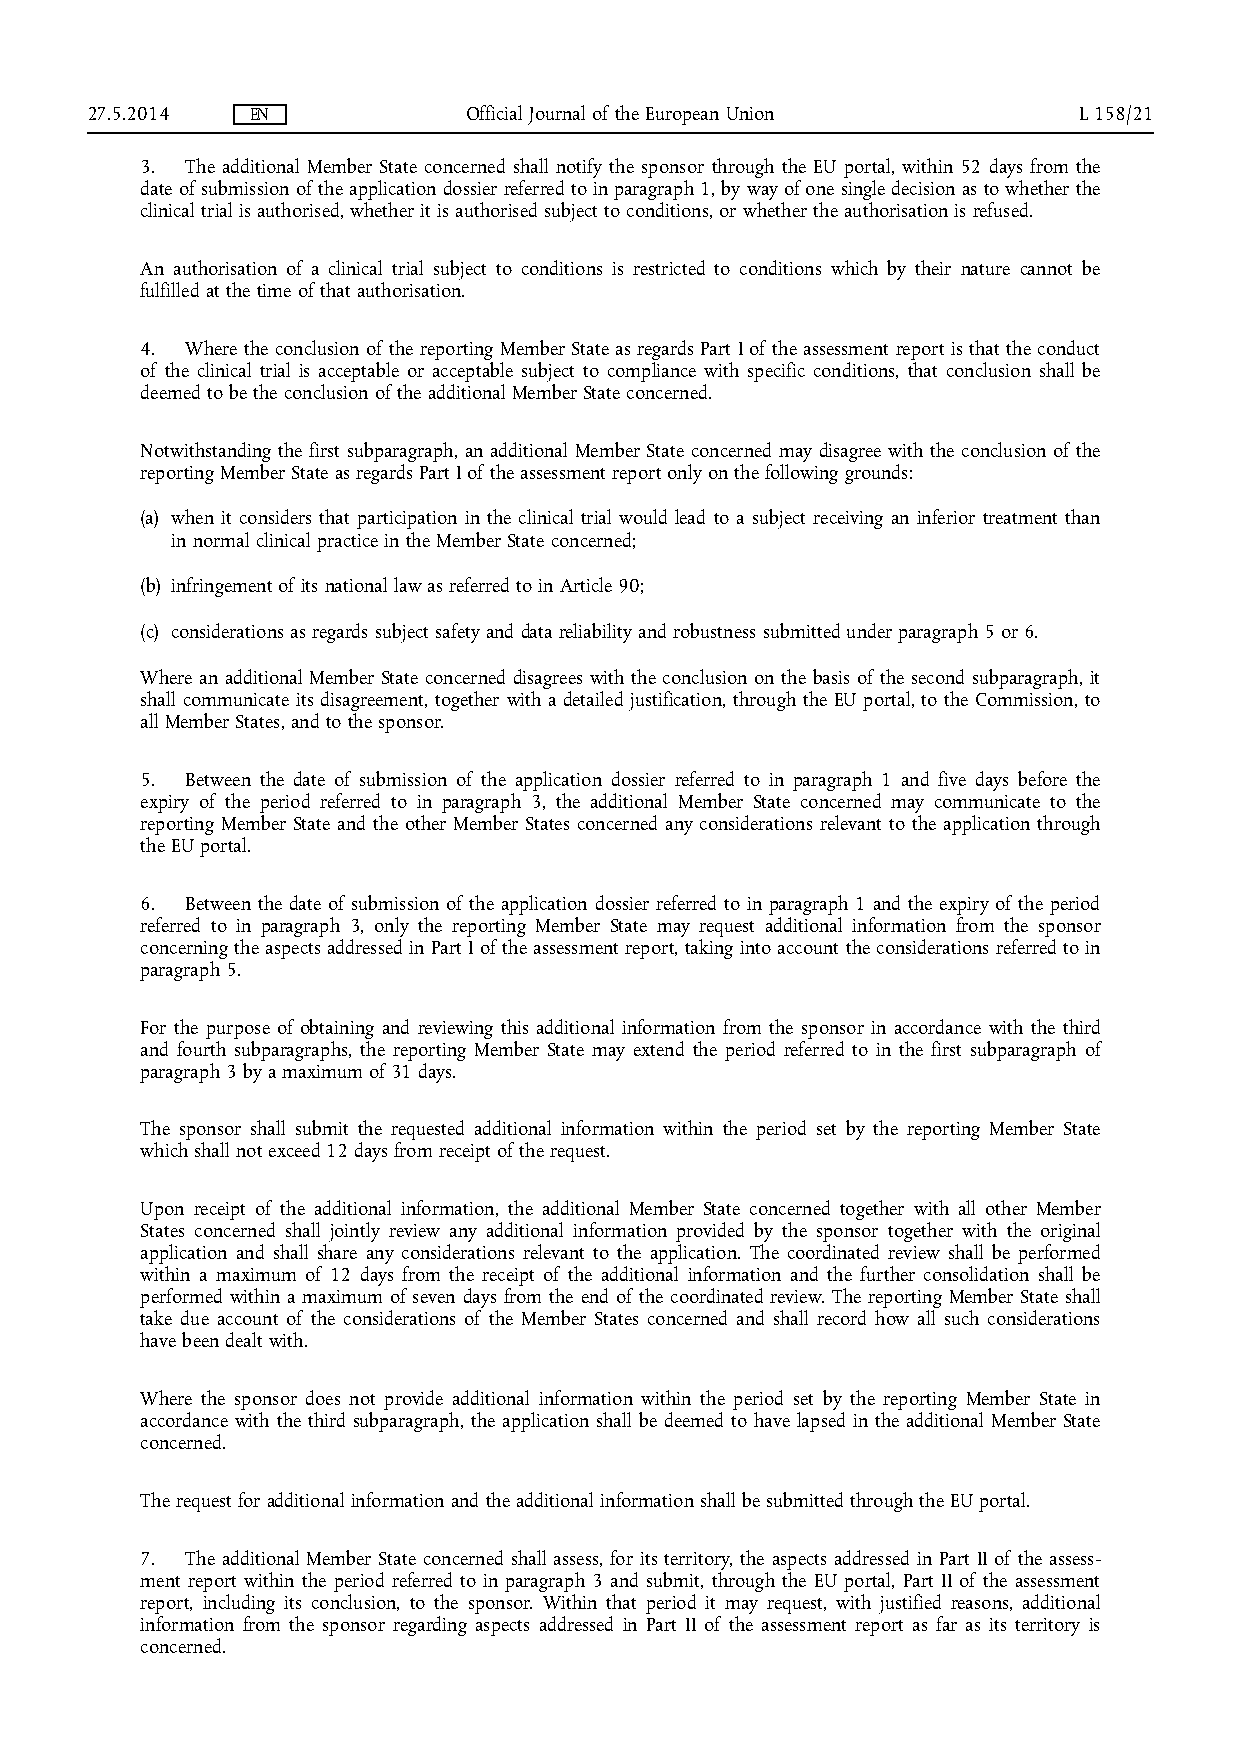
27.5.2014  EN            Official Journal of the European Union  L 158/21
 3. The additional Member State concerned shall notify the sponsor through the EU portal, within 52 days from the
 date of submission of the application dossier referred to in paragraph 1, by way of one single decision as to whether the
 clinical trial is authorised, whether it is authorised subject to conditions, or whether the authorisation is refused.
 An authorisation of a clinical trial subject to conditions is restricted to conditions which by their nature cannot be
 fulfilled at the time of that authorisation.
 4. Where the conclusion of the reporting Member State as regards Part I of the assessment report is that the conduct
 of the clinical trial is acceptable or acceptable subject to compliance with specific conditions, that conclusion shall be
 deemed to be the conclusion of the additional Member State concerned.
 Notwithstanding the first subparagraph, an additional Member State concerned may disagree with the conclusion of the
 reporting Member State as regards Part I of the assessment report only on the following grounds:
 (a) when it considers that participation in the clinical trial would lead to a subject receiving an inferior treatment than
 in normal clinical practice in the Member State concerned;
 (b) infringement of its national law as referred to in Article 90;
 (c) considerations as regards subject safety and data reliability and robustness submitted under paragraph 5 or 6.
 Where an additional Member State concerned disagrees with the conclusion on the basis of the second subparagraph, it
 shall communicate its disagreement, together with a detailed justification, through the EU portal, to the Commission, to
 all Member States, and to the sponsor.
 5. Between the date of submission of the application dossier referred to in paragraph 1 and five days before the
 expiry of the period referred to in paragraph 3, the additional Member State concerned may communicate to the
 reporting Member State and the other Member States concerned any considerations relevant to the application through
 the EU portal.
 6. Between the date of submission of the application dossier referred to in paragraph 1 and the expiry of the period
 referred to in paragraph 3, only the reporting Member State may request additional information from the sponsor
 concerning the aspects addressed in Part I of the assessment report, taking into account the considerations referred to in
 paragraph 5.
 For the purpose of obtaining and reviewing this additional information from the sponsor in accordance with the third
 and fourth subparagraphs, the reporting Member State may extend the period referred to in the first subparagraph of
 paragraph 3 by a maximum of 31 days.
 The sponsor shall submit the requested additional information within the period set by the reporting Member State
 which shall not exceed 12 days from receipt of the request.
 Upon receipt of the additional information, the additional Member State concerned together with all other Member
 States concerned shall jointly review any additional information provided by the sponsor together with the original
 application and shall share any considerations relevant to the application. The coordinated review shall be performed
 within a maximum of 12 days from the receipt of the additional information and the further consolidation shall be
 performed within a maximum of seven days from the end of the coordinated review. The reporting Member State shall
 take due account of the considerations of the Member States concerned and shall record how all such considerations
 have been dealt with.
 Where the sponsor does not provide additional information within the period set by the reporting Member State in
 accordance with the third subparagraph, the application shall be deemed to have lapsed in the additional Member State
 concerned.
 The request for additional information and the additional information shall be submitted through the EU portal.
 7. The additional Member State concerned shall assess, for its territory, the aspects addressed in Part II of the assess­
 ment report within the period referred to in paragraph 3 and submit, through the EU portal, Part II of the assessment
 report, including its conclusion, to the sponsor. Within that period it may request, with justified reasons, additional
 information from the sponsor regarding aspects addressed in Part II of the assessment report as far as its territory is
 concerned.